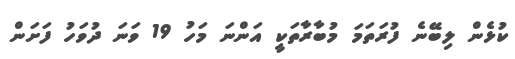
ކުޅެން ލިބޭނެ ފުރަތަމަ މުބާރާތަކީ އަންނަ މަހު 19 ވަނަ ދުވަހު ފަށަން